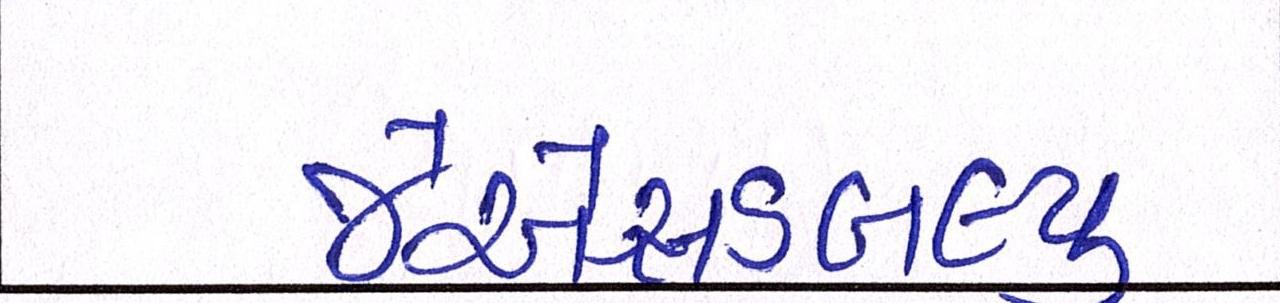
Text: જેએસડબલ્યુ